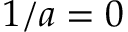
1 / a = 0